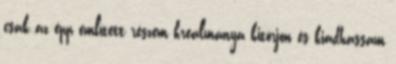
csak az épp említett részem kreálmánya kitörjön és kiadhassam